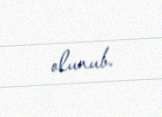
olunub.